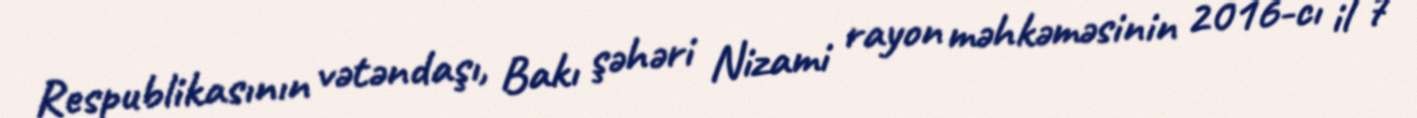
Respublikasının vətəndaşı, Bakı şəhəri Nizami rayon məhkəməsinin 2016-cı il 7